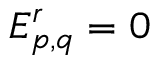
E _ { p , q } ^ { r } = 0